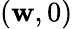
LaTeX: (\mathbf{w},0)